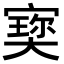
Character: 𡪪